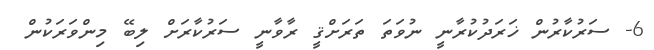
6- ސަރުކާރުން ޚަރަދުކުރާނީ ނުވަތަ ތަރަށްޤީ ރާވާނީ ސަރުކާރަށް ލިބޭ މިންވަރަކުން